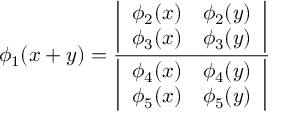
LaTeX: \phi _ { 1 } ( x + y ) = { \frac { \biggl | \begin{array} { l l } { { \phi _ { 2 } ( x ) } } & { { \phi _ { 2 } ( y ) } } \\ { { \phi _ { 3 } ( x ) } } & { { \phi _ { 3 } ( y ) } } \end{array} \biggr | } { \biggl | \begin{array} { l l } { { \phi _ { 4 } ( x ) } } & { { \phi _ { 4 } ( y ) } } \\ { { \phi _ { 5 } ( x ) } } & { { \phi _ { 5 } ( y ) } } \end{array} \biggr | } }